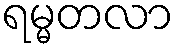
ရမ္မတလာ